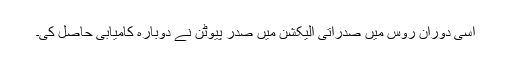
اسی دوران روس میں صدراتی الیکشن میں صدر پیوٹن نے دوبارہ کامیابی حاصل کی۔